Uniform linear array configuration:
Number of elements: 24
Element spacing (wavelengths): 1
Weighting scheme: blackman
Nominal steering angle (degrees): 60
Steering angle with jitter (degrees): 60.827
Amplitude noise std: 0.05
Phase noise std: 0.05

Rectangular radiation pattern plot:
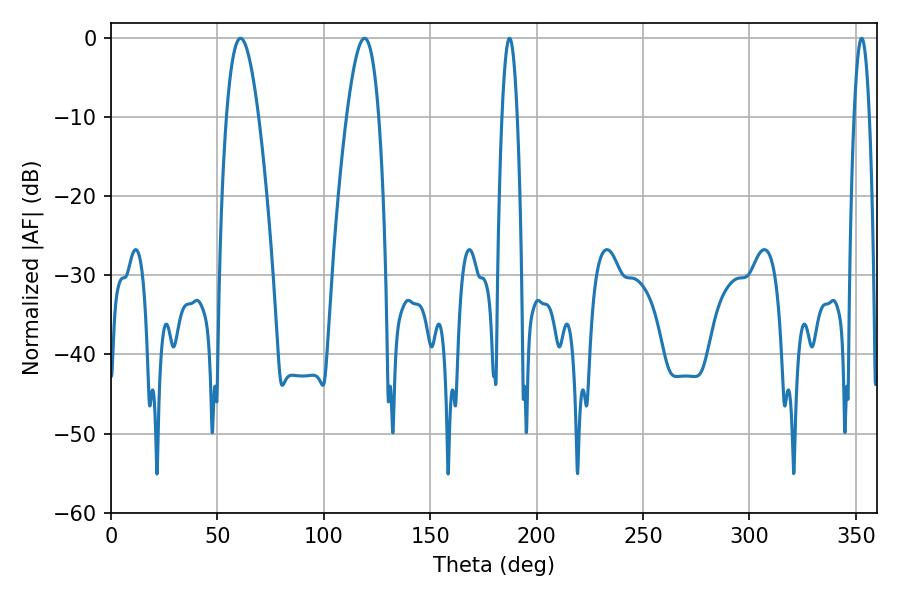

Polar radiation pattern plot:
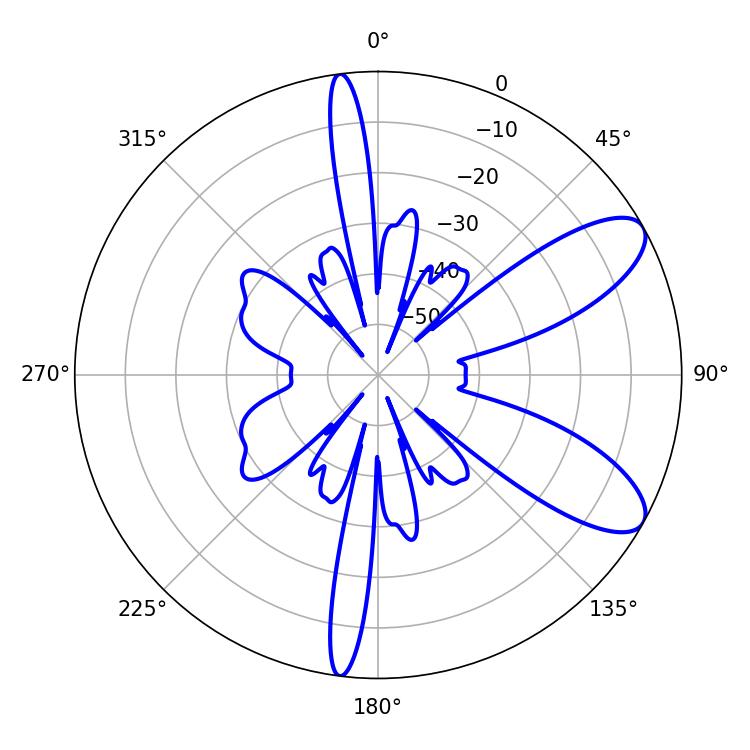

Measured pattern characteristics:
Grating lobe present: TRUE
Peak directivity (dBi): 8.982
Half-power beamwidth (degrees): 8.28
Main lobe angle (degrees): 60.84